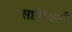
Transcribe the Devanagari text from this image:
साधिकांनी